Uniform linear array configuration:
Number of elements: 16
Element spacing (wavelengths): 1
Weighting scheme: binomial
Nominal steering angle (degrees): -15
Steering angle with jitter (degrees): -15.125
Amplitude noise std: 0.05
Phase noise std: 0.05

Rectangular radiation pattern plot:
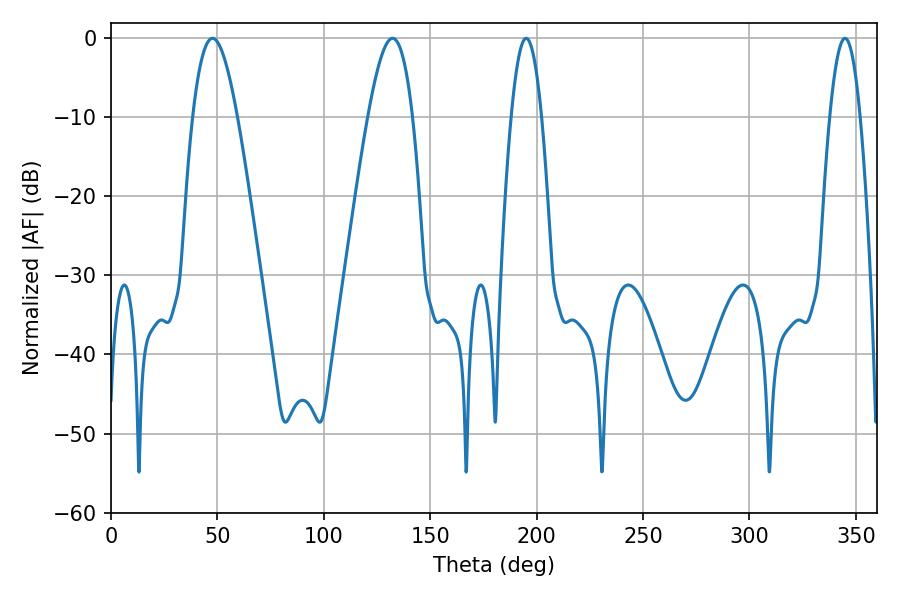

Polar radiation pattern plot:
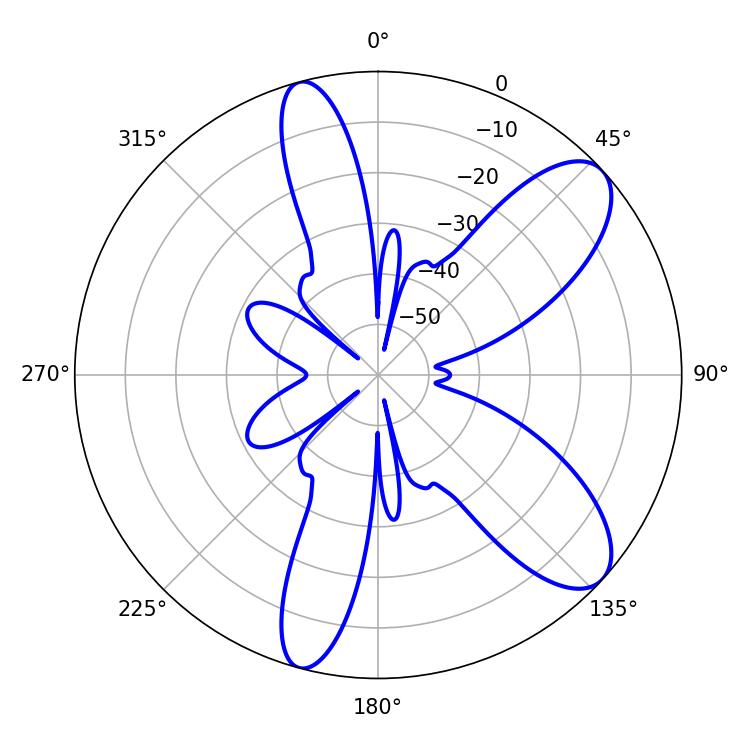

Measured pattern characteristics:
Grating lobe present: TRUE
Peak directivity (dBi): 9.15
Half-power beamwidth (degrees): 11.34
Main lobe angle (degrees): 47.7